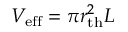
V _ { \mathrm { e f f } } = \pi r _ { \mathrm { t h } } ^ { 2 } L